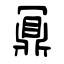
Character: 鼏